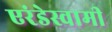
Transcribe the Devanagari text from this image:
एरंडेस्वामी